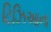
ટિઝિઆના